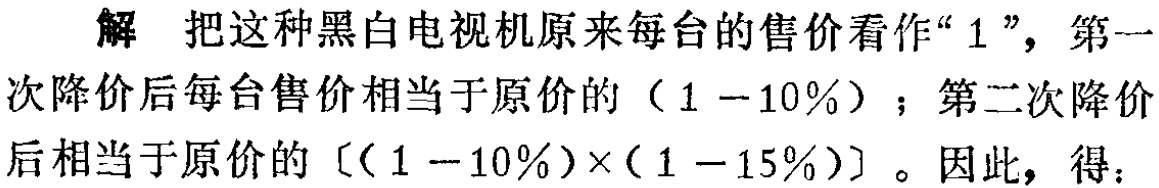
解 把这种黑白电视机原来每台的售价看作“$1$”，第一次降价后每台售价相当于原价的（$1 - 10\%$）；第二次降价后相当于原价的$[(1 - 10\%)\times(1 - 15\%)]$。因此，得：